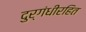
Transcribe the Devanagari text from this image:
दुर्गंधीरहित